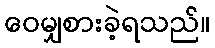
ဝေမျှစားခဲ့ရသည်။